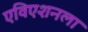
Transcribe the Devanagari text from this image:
एविएशनला